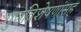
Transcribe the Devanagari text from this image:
गुणविशेषणांसह